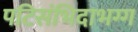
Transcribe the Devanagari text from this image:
पटिसंभिदाभग्ग